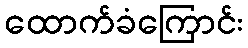
ထောက်ခံကြောင်း